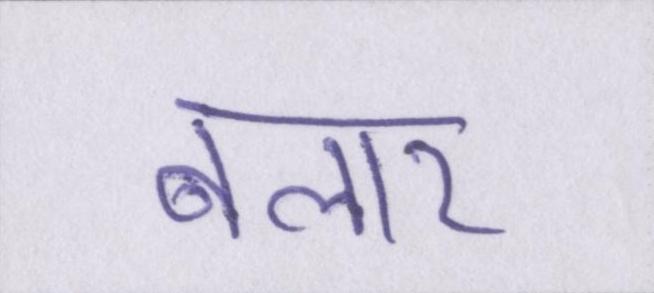
बलार